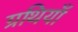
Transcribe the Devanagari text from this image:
ग्रथियाँ